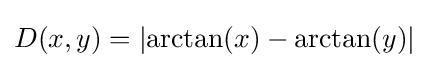
D(x,y)=\left|\arctan(x)-\arctan(y)\right|